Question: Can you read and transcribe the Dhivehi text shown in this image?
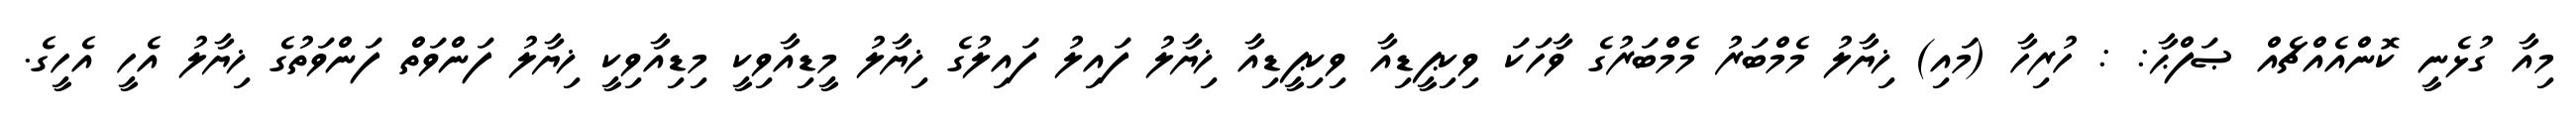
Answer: މިއާ ގުޅެނީ ކޮންއެއްޗެއް ޞަފްޙާ: : ހުރިހާ (މައި) ޚިޔާލު މެމްބަރު މެމްބަރުގެ ވާހަކަ ވިކިޕީޑިއާ ވިކިޕީޑިއާ ޚިޔާލު ފައިލު ފައިލުގެ ޚިޔާލު މީޑިއާވިކީ މިޑިއާވިކީ ޚިޔާލު ފަންވަތް ފަންވަތުގެ ޚިޔާލު އެހީ އެހީގެ.